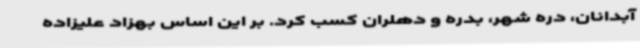
آبدانان، دره شهر، بدره و دهلران کسب کرد. بر این اساس بهزاد علیزاده